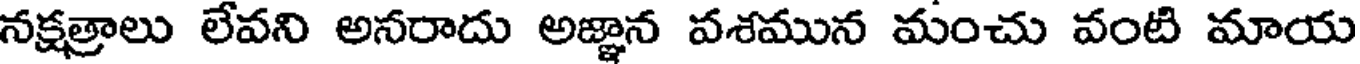
నక్షత్రాలు లేవని అనరాదు అజ్ఞాన వశమున మంచు వంటి మాయ